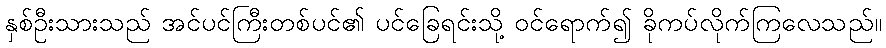
နှစ်ဦးသားသည် အင်ပင်ကြီးတစ်ပင်၏ ပင်ခြေရင်းသို့ ဝင်ရောက်၍ ခိုကပ်လိုက်ကြလေသည်။